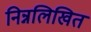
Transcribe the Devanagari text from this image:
निन्नलिखित